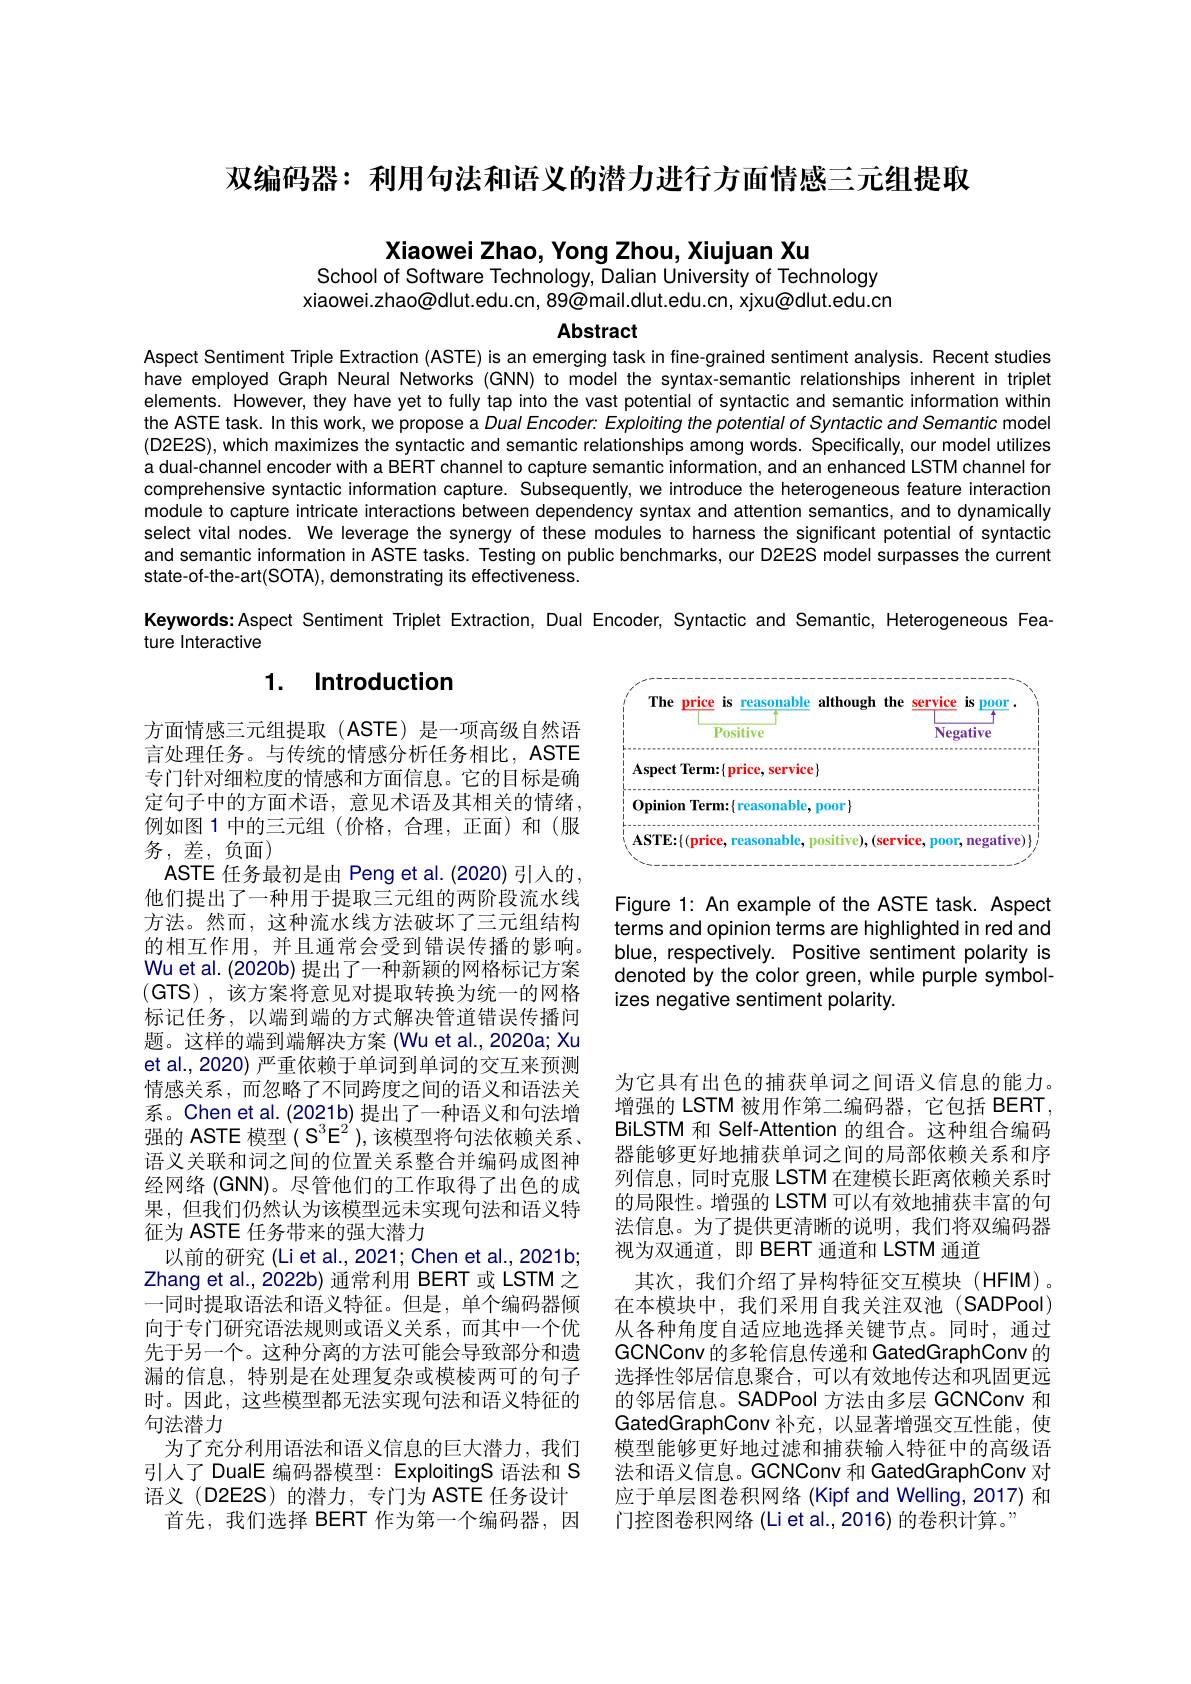
双编码器：利用句法和语义的潜力进行方面情感三元组提取

Xiaowei Zhao, Yong Zhou, Xiujuan Xu
School of Software Technology, Dalian University of Technology

xiaowei.zhao@dlut.edu.cn,89@mail.dlut.edu.cn, xjxu@dlut.edu.cn

Abstract

Aspect Sentiment Triple Extraction (ASTE) is an emerging task in fine-grained sentiment analysis. Recent studies have employed Graph Neural Networks (GNN) to model the syntax-semantic relationships inherent in triplet elements. However, they have yet to fully tap into the vast potential of syntactic and semantic information within the ASTE task. In this work, we propose a Dual Encoder: Exploiting the potential of Syntactic and Semantic model (D2E2S), which maximizes the syntactic and semantic relationships among words. Specifically, our model utilizes a dual-channel encoder with a BERT channel to capture semantic information, and an enhanced LSTM channel for comprehensive syntactic information capture. Subsequently, we introduce the heterogeneous feature interaction module to capture intricate interactions between dependency syntax and attention semantics, and to dynamically select vital nodes. We leverage the synergy of these modules to harness the significant potential of syntactic and semantic information in ASTE tasks. Testing on public benchmarks, our D2E2S model surpasses the current state-of-the-art(SOTA),demonstrating its effectiveness.
Keywords:Aspect Sentiment Triplet Extraction, Dual Encoder, Syntactic and Semantic, Heterogeneous Fea-

ture Interactive

## 1. Introduction

<FigureHere>

Figure 1: An example of the ASTE task. Aspect terms and opinion terms are highlighted in red and blue, respectively. Positive sentiment polarity is denoted by the color green, while purple symbolizes negative sentiment polarity.

方面情感三元组提取(ASTE)是一项高级自然语言处理任务。与传统的情感分析任务相比，ASTE 专门针对细粒度的情感和方面信息。它的目标是确定句子中的方面术语，意见术语及其相关的情绪， 例如图 1 中的三元组(价格，合理，正面)和(服务，差，负面)
ASTE 任务最初是由 Peng et al.(2020) 引入的， 他们提出了一种用于提取三元组的两阶段流水线方法。然而，这种流水线方法破坏了三元组结构的相互作用，并且通常会受到错误传播的影响。Wu et al. (2020b) 提出了一种新颖的网格标记方案(GTS),该方案将意见对提取转换为统一的网格标记任务，以端到端的方式解决管道错误传播问题。这样的端到端解决方案 (Wu et al.,2020a; Xu et al., 2020) 严重依赖于单词到单词的交互来预测情感关系，而忽略了不同跨度之间的语义和语法关系。Chen et al.(2021b) 提出了一种语义和句法增强的 ASTE 模型$(\mathcal{S}^3\mathcal{E}^2)$,该模型将句法依赖关系、 语义关联和词之间的位置关系整合并编码成图神经网络 (GNN)。尽管他们的工作取得了出色的成果，但我们仍然认为该模型远未实现句法和语义特征为 ASTE 任务带来的强大潜力
以前的研究 (Li et al., 2021; Chen et al., 2021b; Zhang et al., 2022b) 通常利用 BERT 或 LSTM 之一同时提取语法和语义特征。但是，单个编码器倾向于专门研究语法规则或语义关系，而其中一个优先于另一个。这种分离的方法可能会导致部分和遗漏的信息，特别是在处理复杂或模棱两可的句子时。因此，这些模型都无法实现句法和语义特征的句法潜力
为了充分利用语法和语义信息的巨大潜力，我们引人了 DualE 编码器模型：ExploitingS 语法和 S 语义(D2E2S)的潜力，专门为 ASTE 任务设计
首先，我们选择 BERT 作为第一个编码器，因

为它具有出色的捕获单词之间语义信息的能力。增强的 LSTM 被用作第二编码器，它包括 BERT, BiLSTM 和 Self-Attention 的组合。这种组合编码器能够更好地捕获单词之间的局部依赖关系和序列信息，同时克服 LSTM 在建模长距离依赖关系时的局限性。增强的 LSTM 可以有效地捕获丰富的句法信息。为了提供更清晰的说明，我们将双编码器视为双通道，即 BERT 通道和 LSTM 通道
其次，我们介绍了异构特征交互模块(HFIM)。在本模块中，我们采用自我关注双池(SADPool) 从各种角度自适应地选择关键节点。同时，通过GCNConv 的多轮信息传递和 GatedGraphConv 的选择性邻居信息聚合，可以有效地传达和巩固更远的邻居信息。SADPool 方法由多层 GCNConv 和GatedGraphConv 补充，以显著增强交互性能，使模型能够更好地过滤和捕获输入特征中的高级语法和语义信息。GCNConv 和 GatedGraphConv 对应于单层图卷积网络 (Kipf and Welling, 2017) 和门控图卷积网络(Liet al.,2016)的卷积计算。”